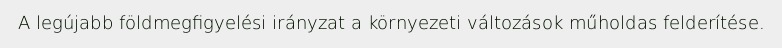
A legújabb földmegfigyelési irányzat a környezeti változások műholdas felderítése.